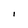
Character: I